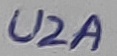
Text: U2A